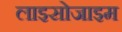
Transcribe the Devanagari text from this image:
लाइसोजाइम